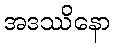
အဒဿိနော